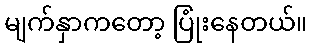
မျက်နှာကတော့ ပြုံးနေတယ်။